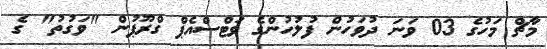
މާޗް މަހުގެ 03 ވަނަ ދުވަހުން ފުލުހުންގެ ވަޓްސްއެޕް ގްރޫޕުން "ވަގުތު" ގެ